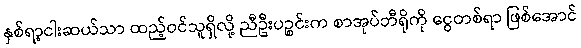
နှစ်ရာ့ငါးဆယ်သာ ထည့်ဝင်သူရှိလို့ ညီဦးပဉ္စင်းက စာအုပ်ဘီရိုကို ငွေတစ်ရာ ဖြစ်အောင်